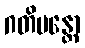
ဂတိမန္တော